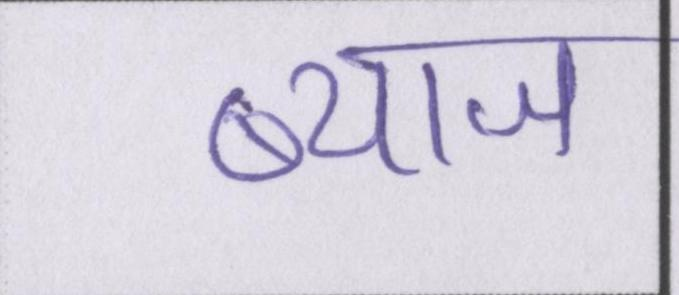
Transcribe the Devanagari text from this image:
ब्याज